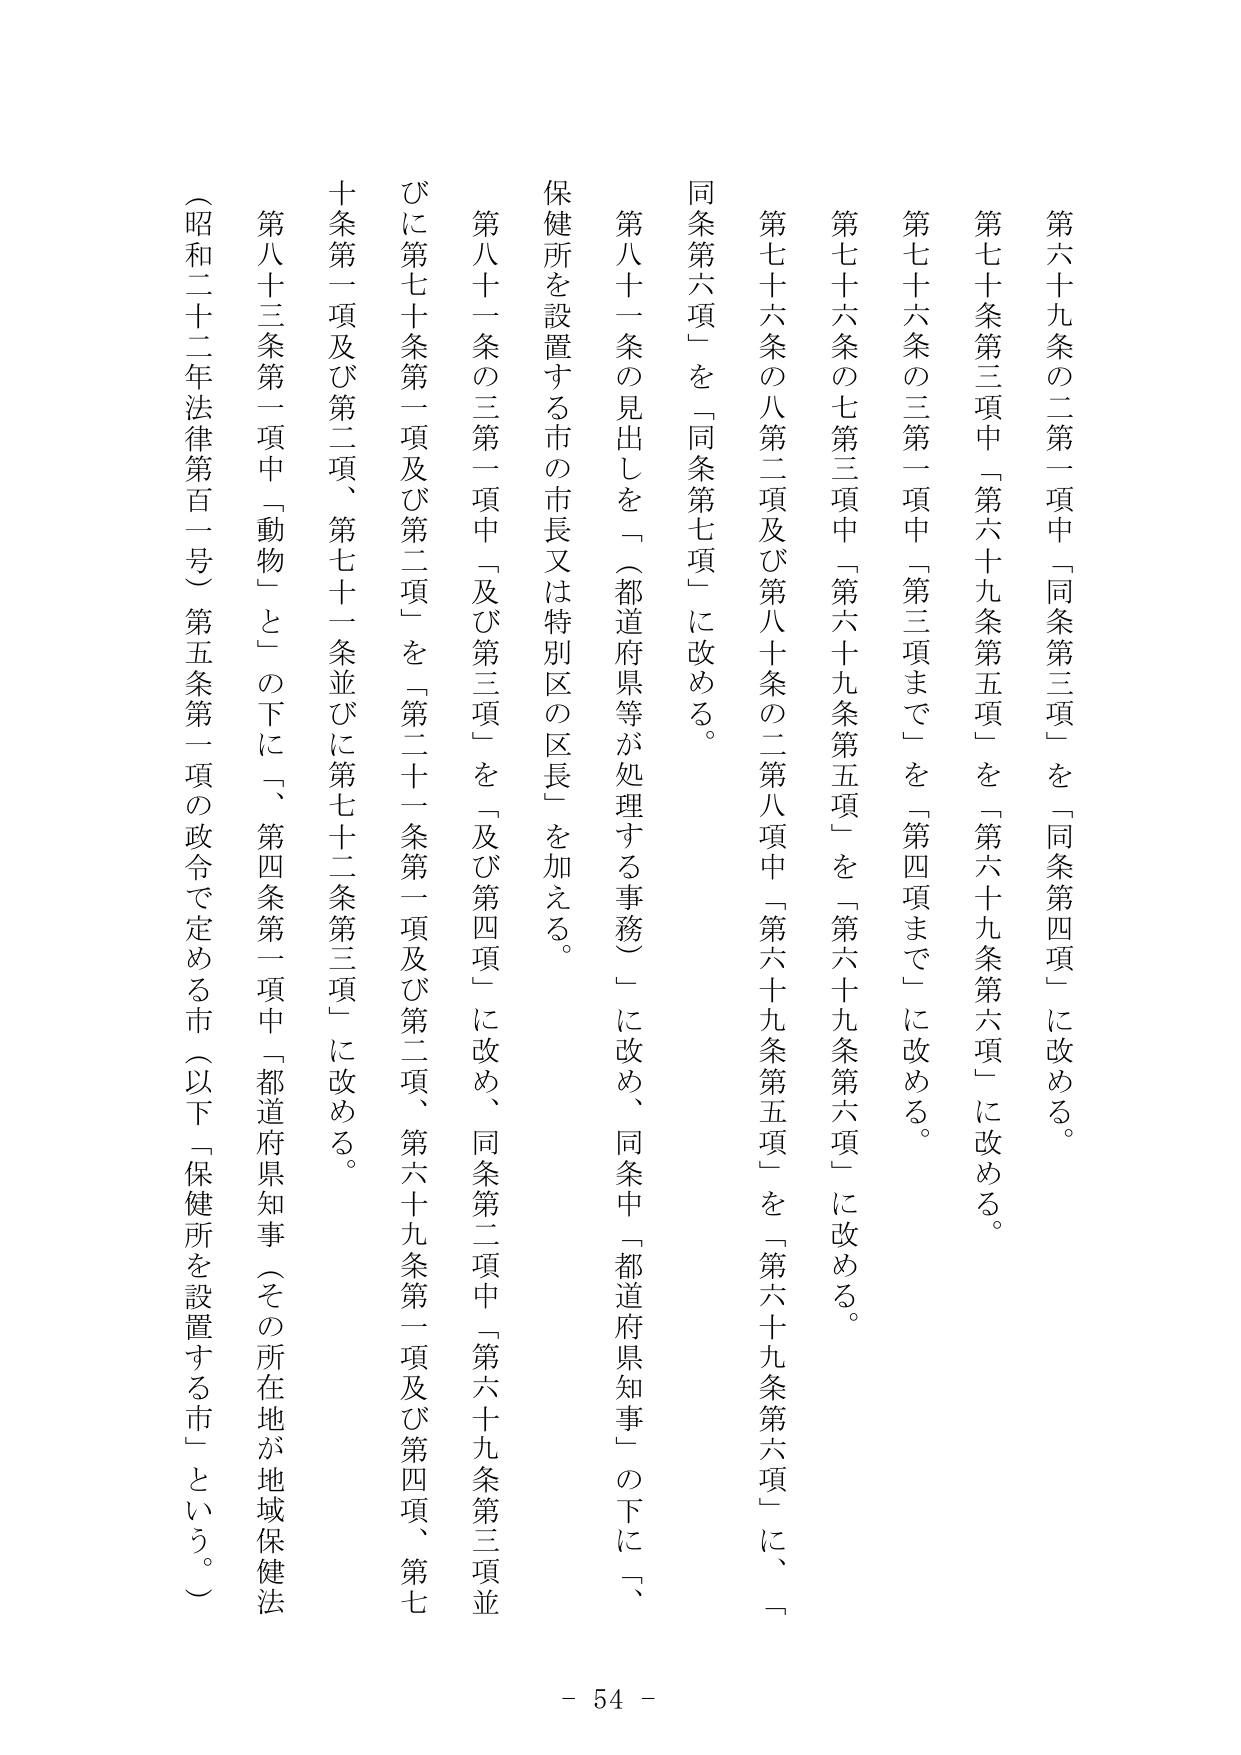
第六十九条の二第一項中「同条第三項」を「同条第四項」に改める。

第七十条第三項中「第六十九条第五項」を「第六十九条第六項」に改める。

第七十六条の三第一項中「第三項まで」を「第四項まで」に改める。

第七十六条の七第三項中「第六十九条第五項」を「第六十九条第六項」に改める。

第七十六条の八第二項及び第八十条の二第八項中「第六十九条第五項」を「第六十九条第六項」に、「同条第六項」を「同条第七項」に改める。

第八十一条の見出しを「（都道府県等が処理する事務）」に改め、同条中「都道府県知事」の下に「、保健所を設置する市の市長又は特別区の区長」を加える。

第八十一条の三第一項中「及び第三項」を「及び第四項」に改め、同条第二項中「第六十九条第三項並びに第七十条第一項及び第二項」を「第二十一条第一項及び第二項、第六十九条第一項及び第四項、第七十条第一項及び第二項、第七十一条並びに第七十二条第三項」に改める。

第八十三条第一項中「動物」との下に「、第四条第一項中「都道府県知事（その所在地が地域保健法（昭和二十二年法律第百一号）第五条第一項の政令で定める市（以下「保健所を設置する市」という。）」